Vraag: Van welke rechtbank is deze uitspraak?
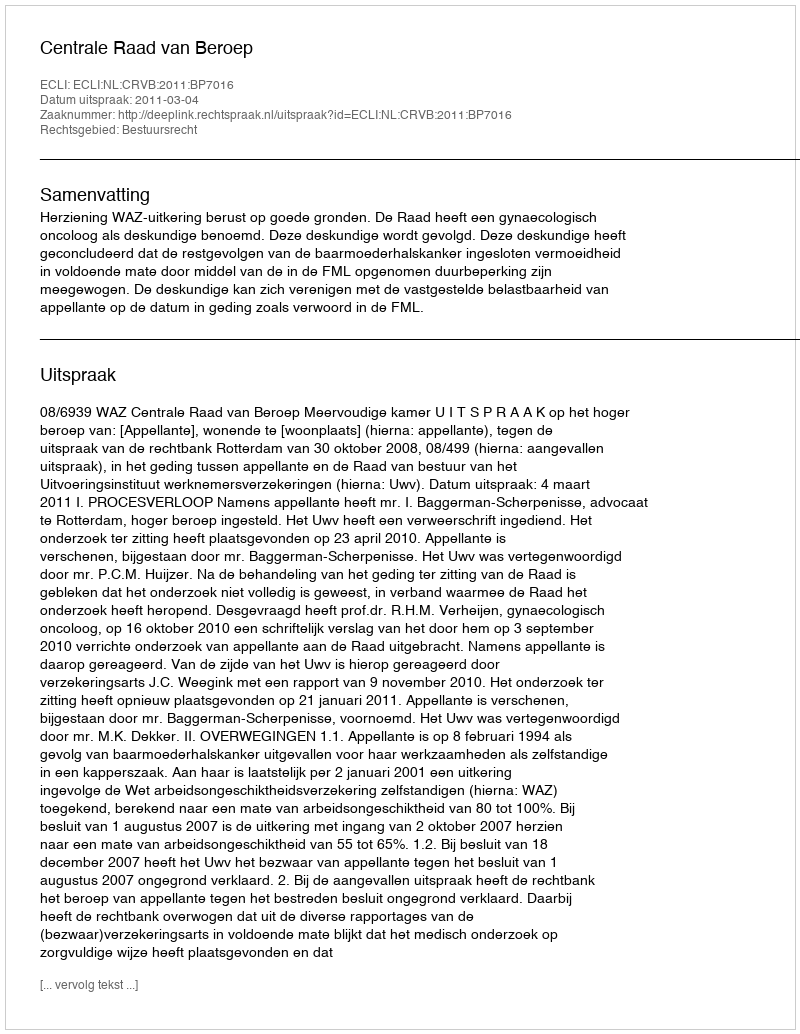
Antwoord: Centrale Raad van Beroep